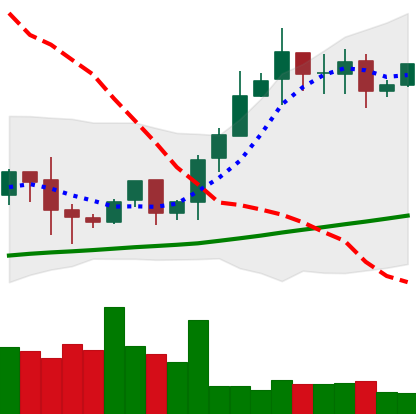
Ticker: BTC-USD
Chart end date: 2020-10-18
Forward return: 12.611%
Label: up_7plus